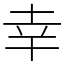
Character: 幸